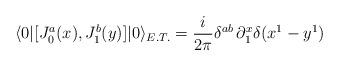
LaTeX: \begin{align*}\langle 0|[J^{a}_{0}(x),J^{b}_{1}(y)]|0\rangle_{E.T.}= \frac{i}{2\pi}\delta^{ab}\,\partial^{x}_{1}\delta(x^{1}-y^{1})\end{align*}